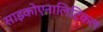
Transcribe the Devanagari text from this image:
साइकोएनालिटिकल